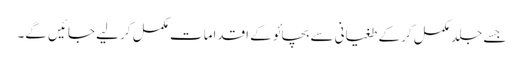
جسے جلد مکمل کر کے طغیانی سے بچائو کے اقدامات مکمل کر لیے جائیں گے۔